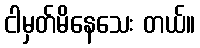
ငါမှတ်မိနေသေး တယ်။